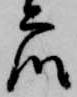
衆